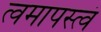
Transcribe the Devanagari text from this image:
त्वमापस्त्वं